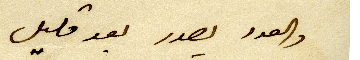
والعدد يصدر بعد قليل